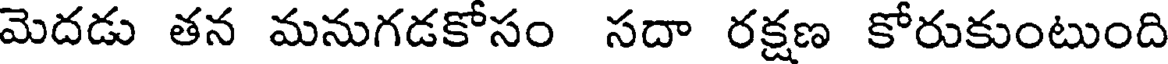
మెదడు తన మనుగడకోసం సదా రక్షణ కోరుకుంటుంది